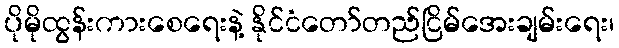
ပိုမိုထွန်းကားစေရေးနဲ့ နိုင်ငံတော်တည်ငြိမ်အေးချမ်းရေး၊